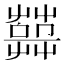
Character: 𦽱